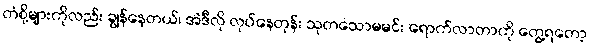
တံစို့များကိုလည်း ချွန်နေတယ်၊ အဲဒီလို လုပ်နေတုန်း သုတသောမမင်း ရောက်လာတာကို တွေ့ရတော့